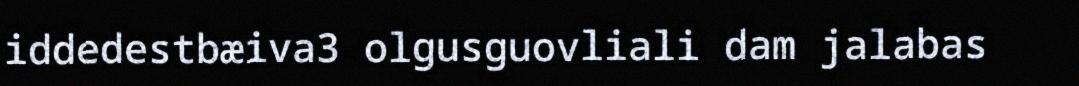
iddedestbæiva3 olgusguovliali dam jalabas